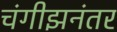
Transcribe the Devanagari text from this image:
चंगीझनंतर